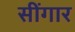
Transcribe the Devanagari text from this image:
सींगार